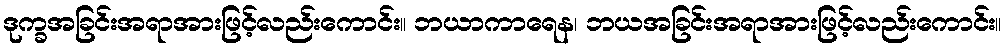
ဒုက္ခအခြင်းအရာအားဖြင့်လည်းကောင်း။ ဘယာကာရေန၊ ဘယအခြင်းအရာအားဖြင့်လည်းကောင်း။